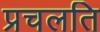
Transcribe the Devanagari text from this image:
प्रचलति